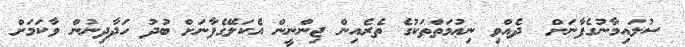
ސުލައިމާނުގެފާނަށް  ދެއްވި ނިޢުމަތްތަކުގެ ތެރެއިން ޖިންނީން އެކަލޭގެފާނަށް ބުދު ހަދާދިނުން ވާކަމަށް